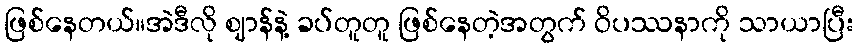
ဖြစ်နေတယ်။အဲဒီလို ဈာန်နဲ့ ခပ်တူတူ ဖြစ်နေတဲ့အတွက် ဝိပဿနာကို သာယာပြီး